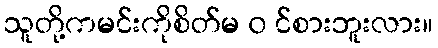
သူတို့ကမင်းကိုစိတ်မ ၀ င်စားဘူးလား။